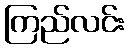
ကြည်လင်း